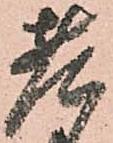
老